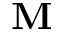
\mathbf { M }